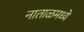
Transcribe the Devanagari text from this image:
नाताळमध्ये